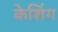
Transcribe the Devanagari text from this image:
केशिंग